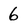
Character: 6